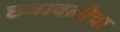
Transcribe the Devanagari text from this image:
छत्रावलीचा